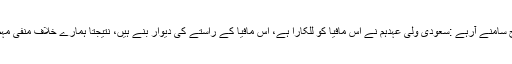
ضرور پڑھیں: گذشتہ 3 برسوں کے دوران اقتصادی اصلاحات کے خوشگوار نتائج سامنے آرہے :سعودی ولی عہدہم نے اس مافیا کو للکارا ہے، اس مافیا کے راستے کی دیوار بنے ہیں، نتیجتاً ہمارے خلاف منفی مہم جاری ہے، نام نہاد عوامی خدمت کے دعویدار اس مافیا کے ہمسفر نظر آتے ہیں۔